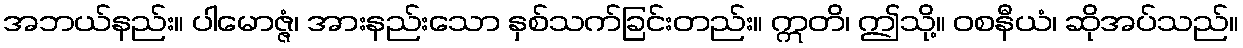
အဘယ်နည်း။ ပါမောဇ္ဇံ၊ အားနည်းသော နှစ်သက်ခြင်းတည်း။ ဣတိ၊ ဤသို့။ ဝစနီယံ၊ ဆိုအပ်သည်။